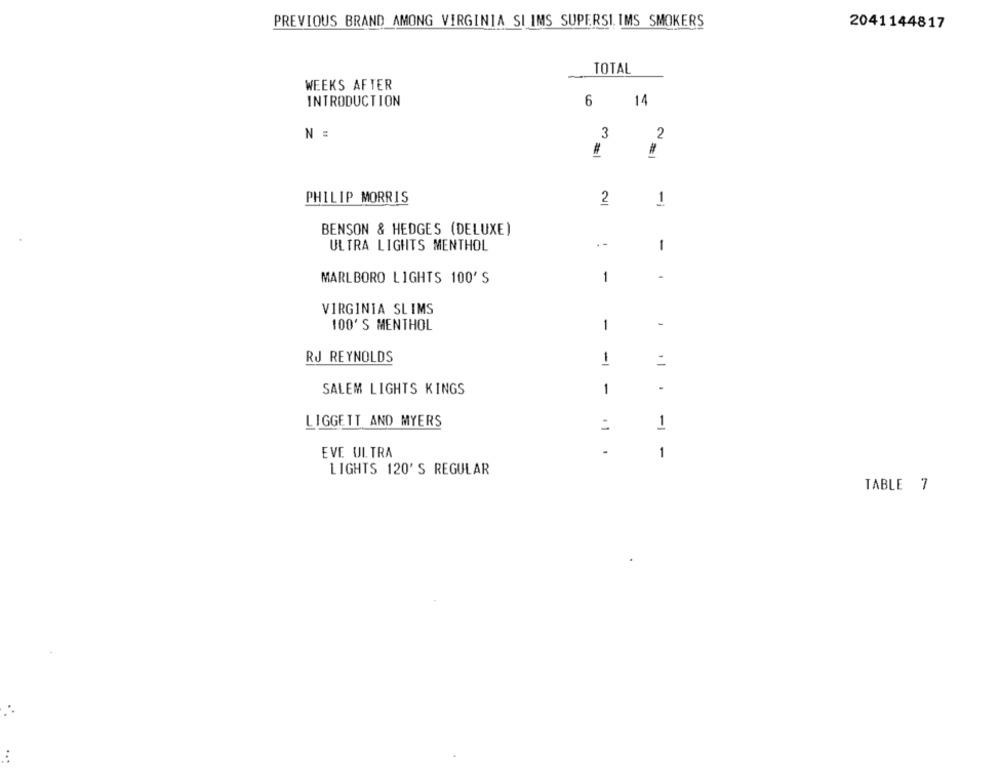
PREVIOUS BRAND AMONG VIRGINIA SI IMS SUPERSI IMS SMOKERS
2041144817
TOTAL
WEEKS AFTER
6
INTRODUCTION
14
N =
3
2
#
PHILIP MORRIS
2
1
BENSON & HEDGES (DELUXE)
ULTRA LIGHTS MENTHOL
--
1
-
MARLBORO LIGHTS 100' S
1
VIRGINIA SLIMS
100' S MENTHOL
1
RJ REYNOLDS
1
SALEM LIGHTS KINGS
1
.1.
LIGGETT AND MYERS
1
EVE ULTRA
.1 .
1
LIGHTS 120'S REGULAR
TABLE 7